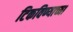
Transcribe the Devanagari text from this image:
टिकविण्याच्या